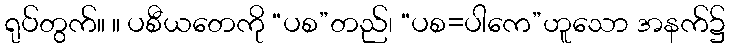
ရုပ်တွက်။ ။ ပစီယတေကို “ပစ”တည်၊ “ပစ=ပါကေ”ဟူသော အနက်၌